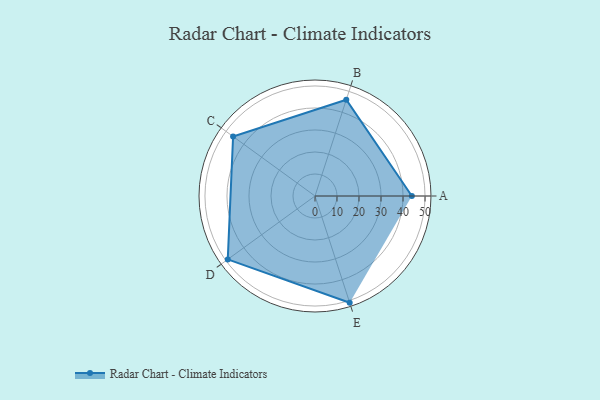
{"axis": {"x": "Skill", "y": "Score"}, "legend": ["Profile"], "data": [{"x": "A", "y": 44.0, "type": "Profile"}, {"x": "B", "y": 46.0, "type": "Profile"}, {"x": "C", "y": 46.0, "type": "Profile"}, {"x": "D", "y": 49.0, "type": "Profile"}, {"x": "E", "y": 51.0, "type": "Profile"}]}